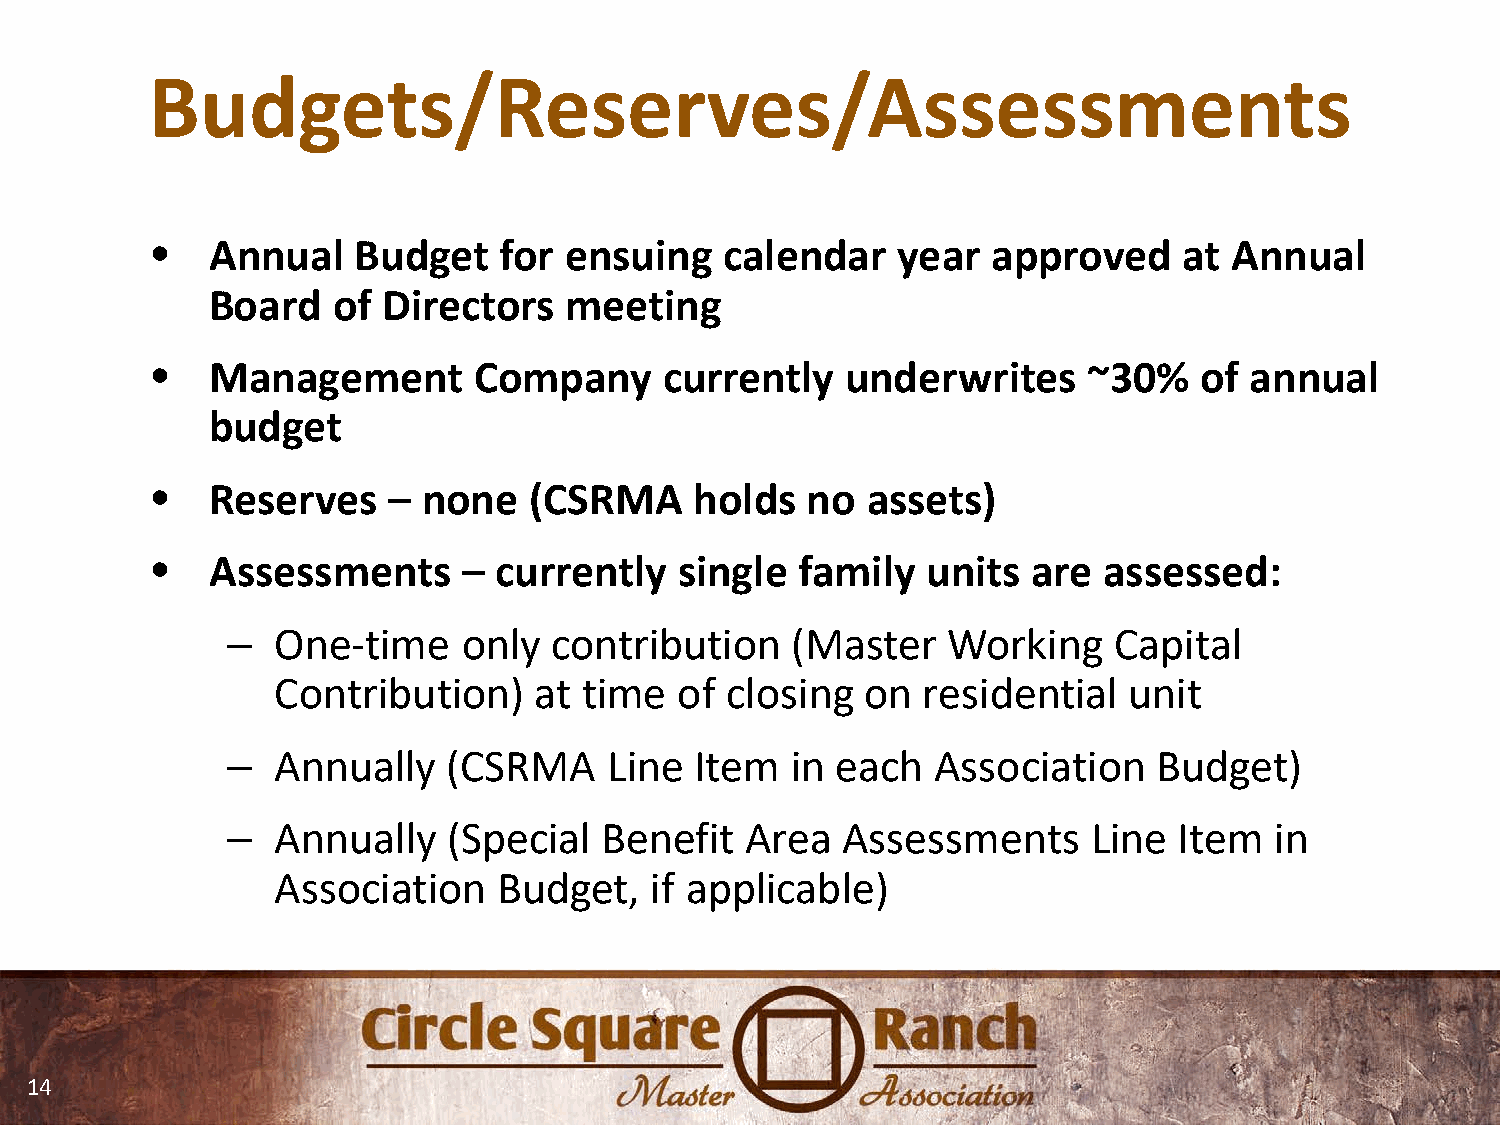
Budgets/Reserves/Assessments
 •   Annual   Budget    for ensuing    calendar   year   approved    at  Annual
 Board   of Directors   meeting
 •   Management       Company      currently   underwrites     ~30%   of  annual
 budget
 •   Reserves    – none   (CSRMA     holds  no  assets)
 •   Assessments      – currently   single  family  units  are  assessed:
 –  One-time     only  contribution   (Master    Working    Capital
 Contribution)    at  time  of closing  on  residential   unit
 –  Annually    (CSRMA    Line  Item  in each   Association    Budget)
 –  Annually    (Special  Benefit  Area   Assessments     Line  Item  in
 Association    Budget,   if applicable)
 14